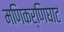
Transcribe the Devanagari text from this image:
मणिकर्णिघाट